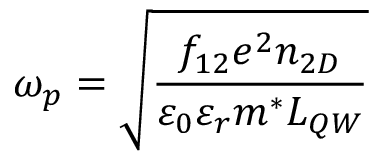
\omega _ { p } = \sqrt { \frac { f _ { 1 2 } e ^ { 2 } n _ { 2 D } } { \varepsilon _ { 0 } \varepsilon _ { r } m ^ { * } L _ { Q W } } }